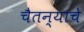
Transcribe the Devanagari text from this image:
चैतन्याचे